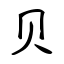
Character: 贝